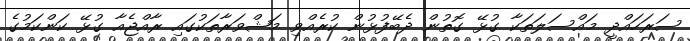
ސަރަހައްދީ މައްސަލަތަކާ ގުޅޭ ގޮތުން ދެބޭފުޅުން ކުރެއްވި މަޝްވަރާތަކުގައި ރާއްޖެއާ ގުޅޭ ކަންކަމުގެ